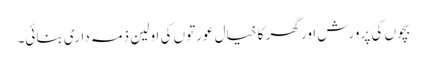
بچوں کی پرورش اور گھر کا خیال عورتوں کی اولین ذمہ داری بنائی۔